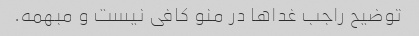
توضیح راجب غدا‌ها در منو کافی نیست و مبهمه.